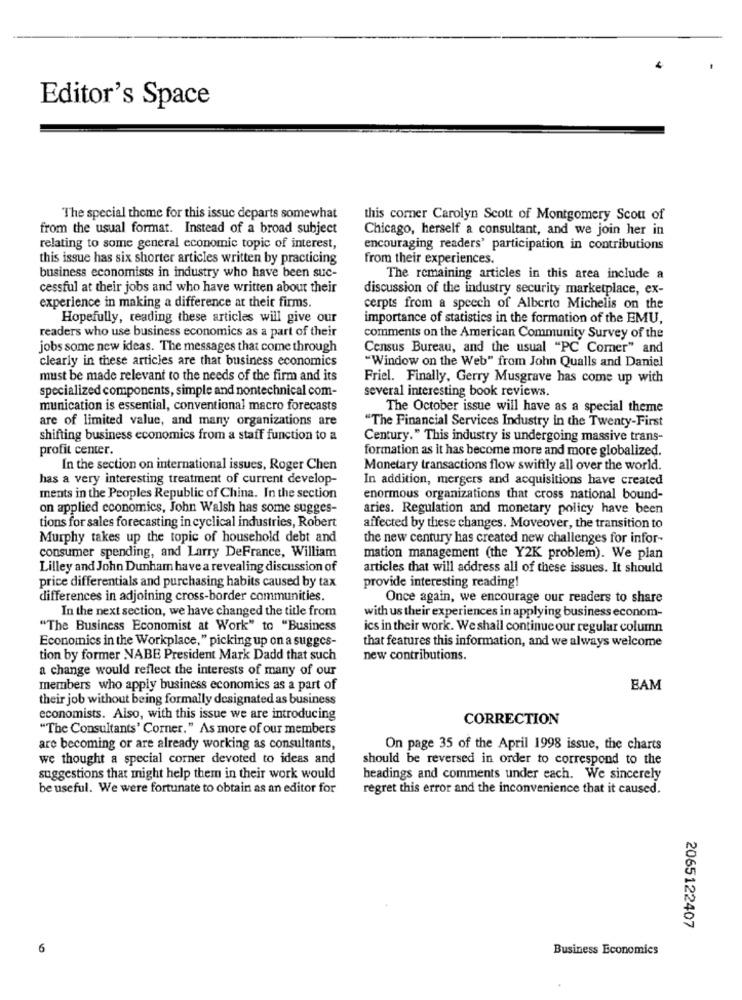
Editor's Space
The special theme for this issue departs somewhat
this corner Carolyn Scott of Montgomery Scou of
from the usual format. Instead of a broad subject
Chicago, herself a consultant, and we join her in
relating to some general economic topic of interest,
encouraging readers' participation in contributions
this issue has six shorter articles written by practicing
from their experiences.
business economists in industry who have been suc-
The remaining articles in this area include a
cessful at their jobs and who have written about their
discussion of the industry security marketplace, ex-
experience in making a difference at their firms.
cerpts from a speech of Alberto Michelis on the
Hopefully, reading these articles will give our
importance of statistics in the formation of the EMU,
readers who use business economics as a part of their
comments on the American Community Survey of the
jobs some new ideas. The messages that come through
Census Bureau, and the usual "PC Corner" and
clearly in these articles are that business economics
"Window on the Web" from John Qualls and Daniel
must be made relevant to the needs of the firm and its
Friel. Finally, Gerry Musgrave has come up with
specialized components, simple and nontechnical com-
several interesting book reviews.
munication is essential, conventional macro forecasts
The October issue will have as a special theme
are of limited value, and many organizations are
"The Financial Services Industry in the Twenty-First
shifting business economics from a staff function to a
Century." This industry is undergoing massive trans-
profit center.
formation as it has become more and more globalized.
In the section on international issues, Roger Chen
Monetary transactions flow swiftly all over the world.
has a very interesting treatment of current develop-
In addition, mergers and acquisitions have created
ments in the Peoples Republic of China. In the section
enormous organizations that cross national bound-
on applied economics, John Walsh has some sugges-
aries. Regulation and monetary policy have been
tions for sales forecasting in cyclical industries, Robert
affected by these changes. Moveover, the transition to
Murphy takes up the topic of household debt and
the new century has created new challenges for infor-
consumer spending, and Larry DeFrance, William
mation management (the Y2K problem). We plan
Lilley and John Dunham have a revealing discussion of
articles that will address all of these issues. It should
price differentials and purchasing habits caused by tax
provide interesting reading!
differences in adjoining cross-border communities.
Once again, we encourage our readers to share
In the next section, we have changed the title from
with us their experiences in applying business econom-
"The Business Economist at Work" to "Business
ics in their work. We shall continue our regular column
Economics in the Workplace," picking up on a sugges-
that features this information, and we always welcome
tion by former NABE President Mark Dadd that such
new contributions.
a change would reflect the interests of many of our
members who apply business economics as a part of
BAM
their job without being formally designated as business
economists. Also, with this issue we are introducing
CORRECTION
"The Consultants' Corner." As more of our members
are becoming or are already working as consultants,
On page 35 of the April 1998 issue, the charts
we thought a special corner devoted to ideas and
should be reversed in order to correspond to the
suggestions that might help them in their work would
headings and comments under each. We sincerely
be useful. We were fortunate to obtain as an editor for
regret this error and the inconvenience that it caused.
2065122407
6
Business Economics